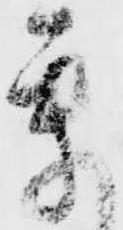
参